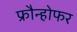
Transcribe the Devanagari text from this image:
फ्रौन्होफर